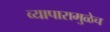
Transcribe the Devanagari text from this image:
व्यापारामुळेच